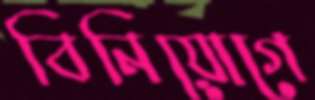
বিনিয়োগে